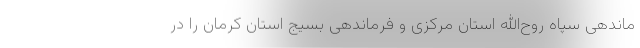
ماندهی سپاه روح‌الله استان مرکزی و فرماندهی بسیج استان کرمان را در